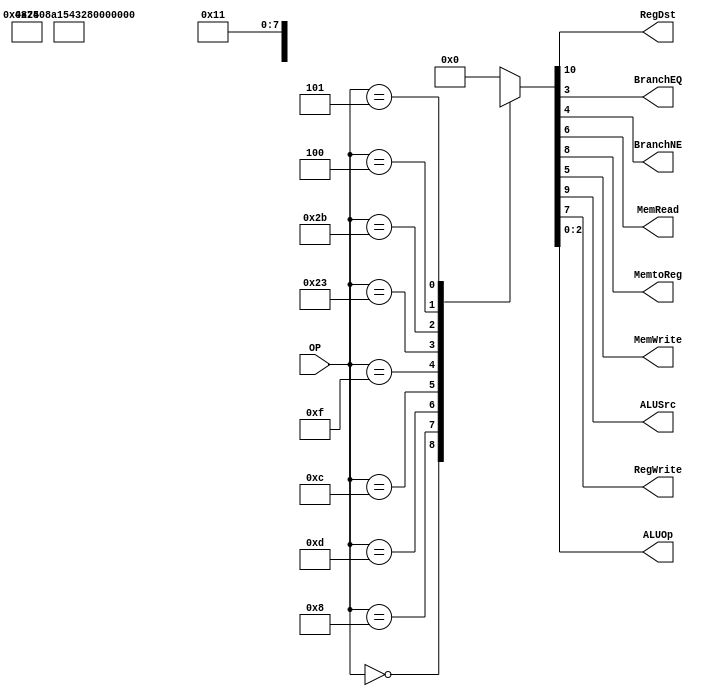
module Control
(
	input [5:0]OP,
	
	output RegDst,
	output BranchEQ,
	output BranchNE,
	output MemRead,
	output MemtoReg,
	output MemWrite,
	output ALUSrc,
	output RegWrite,
	output [2:0]ALUOp
);

//opcodes
localparam R_Type 		= 0;
localparam I_Type_ADDI 	= 6'h08;
localparam I_Type_ORI 	= 6'h0d;
localparam I_Type_ANDI	= 6'h0c;
localparam I_Type_LUI	= 6'h0f;
localparam I_Type_LW		= 6'h23;
localparam I_Type_SW		= 6'h2b;
localparam I_Type_BEQ	= 6'h04;
localparam I_Type_BNE	= 6'h05;

localparam J_Type_J		= 6'h02;
localparam J_Type_JAL	= 6'h03;
// localparam JR			= 6'h0 es tipo R


reg [10:0] ControlValues;

always@(OP) begin
	casex(OP)
		R_Type:      ControlValues= 11'b1_001_00_00_111;
		I_Type_ADDI: ControlValues= 11'b0_101_00_00_100;
		I_Type_ORI:	 ControlValues= 11'b0_101_00_00_101;
		I_Type_ANDI: ControlValues= 11'b0_101_00_00_110;
		I_Type_LUI:	 ControlValues= 11'b0_101_00_00_000;
		I_Type_LW:	 ControlValues= 11'b0_111_10_00_100; //hace una suma
		I_Type_SW:	 ControlValues= 11'b0_100_01_00_100; //hace otra suma

		I_Type_BEQ:	 ControlValues= 11'b0_0x0_00_01_001; //hacer restas
		I_Type_BNE:  ControlValues= 11'b0_0x0_00_10_001;

		
		//alargar para tipos J
		//J_Type_J:	 ControlValues= 11'b0_xxx_00_00_000;
		//J_Type_JAL:	ControlVslues=	11'b0_xxx_00_00_000;
		
		default:
			ControlValues= 10'b0_000_00_00_000;
		endcase
end	
	
assign RegDst = ControlValues[10];		// 0 para guardar en rt, 		1 para guardar en rd

assign ALUSrc = ControlValues[9];		// 0 para alimentar readData2,1 para alimentar inmediato extendido,
assign MemtoReg = ControlValues[8];		// 0 hace WB de ALU, 			1 hace WB de RAM
assign RegWrite = ControlValues[7];		// 0 no guarda, 					1 pone en WriteRegister lo de WriteData

assign MemRead = ControlValues[6];		// 1 pone contenido de la dirección input como salida
assign MemWrite = ControlValues[5];		// 1 reemplaza el valor en la dirección por el input de write data

assign BranchNE = ControlValues[4];		
assign BranchEQ = ControlValues[3];

assign ALUOp = ControlValues[2:0];		// valor que ejecuta la ALU

endmodule